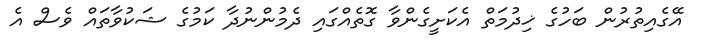
އޭގެއިތުރުން ބަހުގެ ޚިދުމަތް އެކަށީގެންވާ ގޮތެއްގައި ދެމުންނުދާ ކަމުގެ ޝަކުވާތައް ވެސް އެ